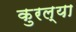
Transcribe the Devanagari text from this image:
कुरल्या